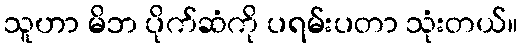
သူဟာ မိဘ ပိုက်ဆံကို ပရမ်းပတာ သုံးတယ်။